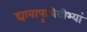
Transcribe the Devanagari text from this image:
द्यावापृथिवीभ्यां